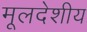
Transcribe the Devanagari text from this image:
मूलदेशीय